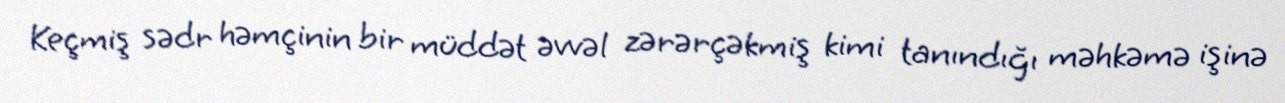
Keçmiş sədr həmçinin bir müddət əvvəl zərərçəkmiş kimi tanındığı məhkəmə işinə